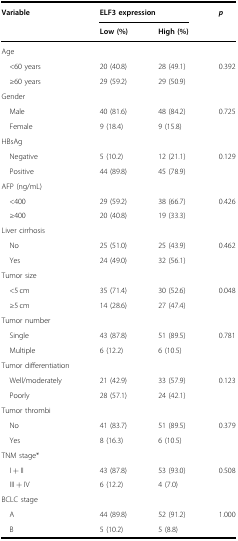
| Variable | <COLSPAN=2> ELF3 expression | p |
 |  | Low (%) | High (%) |  |
 | --- | --- | --- | --- |
 | Age |  |  |  |
 | <60 years | 20 (40.8) | 28 (49.1) | 0.392 |
 | ≥60 years | 29 (59.2) | 29 (50.9) |  |
 | Gender |  |  |  |
 | Male | 40 (81.6) | 48 (84.2) | 0.725 |
 | Female | 9 (18.4) | 9 (15.8) |  |
 | HBsAg |  |  |  |
 | Negative | 5 (10.2) | 12 (21.1) | 0.129 |
 | Positive | 44 (89.8) | 45 (78.9) |  |
 | AFP (ng/mL) |  |  |  |
 | <400 | 29 (59.2) | 38 (66.7) | 0.426 |
 | ≥400 | 20 (40.8) | 19 (33.3) |  |
 | Liver cirrhosis |  |  |  |
 | No | 25 (51.0) | 25 (43.9) | 0.462 |
 | Yes | 24 (49.0) | 32 (56.1) |  |
 | Tumor size |  |  |  |
 | <5 cm | 35 (71.4) | 30 (52.6) | 0.048 |
 | ≥5 cm | 14 (28.6) | 27 (47.4) |  |
 | Tumor number |  |  |  |
 | Single | 43 (87.8) | 51 (89.5) | 0.781 |
 | Multiple | 6 (12.2) | 6 (10.5) |  |
 | Tumor differentiation |  |  |  |
 | Well/moderately | 21 (42.9) | 33 (57.9) | 0.123 |
 | Poorly | 28 (57.1) | 24 (42.1) |  |
 | Tumor thrombi |  |  |  |
 | No | 41 (83.7) | 51 (89.5) | 0.379 |
 | Yes | 8 (16.3) | 6 (10.5) |  |
 | TNM stage* |  |  |  |
 | I + II | 43 (87.8) | 53 (93.0) | 0.508 |
 | III + IV | 6 (12.2) | 4 (7.0) |  |
 | BCLC stage |  |  |  |
 | A | 44 (89.8) | 52 (91.2) | 1.000 |
 | B | 5 (10.2) | 5 (8.8) |  |